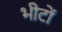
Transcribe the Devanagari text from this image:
भीटों